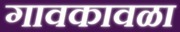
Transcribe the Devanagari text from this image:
गावकावळा